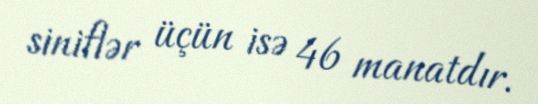
siniflər üçün isə 46 manatdır.